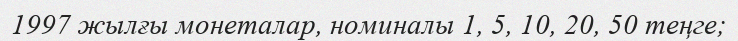
1997 жылғы монеталар, номиналы 1, 5, 10, 20, 50 теңге;